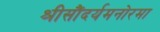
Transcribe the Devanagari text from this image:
श्रीसौंदर्यमनोरमा